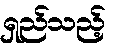
ရှည်သည့်